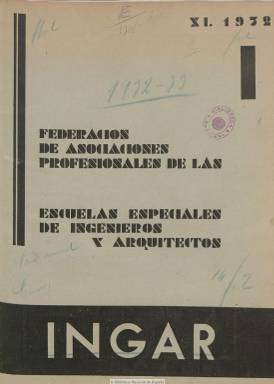
Título: Ingar (Madrid)
Otros títulos: Federación de Asociaciones Profesionales de las Escuelas Especiales de Ingenieros y Arquitectos
Colección: Industria || Arquitectura y construcción
Ámbito geográfico: Madrid
Lugar de publicación: Madrid
Fechas: 01/11/1932-31/05/1935

Es órgano de la Federación de Asociaciones Profesionales de las Escuelas Especiales de Ingenieros y Arquitectos, siendo su título un acrónimo de estas dos profesiones. Revista que aparece en noviembre de 1932, y que se hace portavoz de los estudiantes de las escuelas especiales de Madrid, además de las citadas, de las de Minas, Montes, Caminos, Industriales, Agrónomos o Navales, con el objetivo de unir a quienes estudian y ejercen estas profesiones, mejorar su capacidad técnica especializada e intervenir en la reformas de sus enseñanzas, además de ofrecer una cultura general sobre ingenierías y arte y ensayos literarios. En su primer número se declara completamente apolítica y aconfesional.

Sus entregas son mensuales, pero a partir del número 7 (octubre de 1933) su periodicidad se hace irregular y cambia su formato, del clásico vertical al cuadricular. El 15 es el último número de la colección de la Biblioteca Nacional de España, que corresponde a mayo de 1935. Son entregas de entre 24 y 93 páginas, pero su foliación es continuada, superando en total el medio millar de páginas. Es ilustrada, sus textos van acompañados de fotografías, dibujos, croquis, mapas y alguna caricatura firmada por Cebrián. Su cubierta la ocupa generalmente una fotografía, está compuesta a dos columnas y su diseño es modernista.

Sus páginas dedican especial atención a las cuestiones normativas profesionales y a los conflictos que se originan, como era el intrusismo profesional y, en concreto, a su ejercicio por técnicos superiores extranjeros que eran contratados por empresas españolas, cuestiones que suele tratar en su sección Editorial. Además de esta, cuenta con una Revista de libros y de artículos de las principales revistas nacionales y extranjeras, y otras dedicadas a la vida de la federación y de las asociaciones, y a su sección de Deportes.

En febrero de 1935 (número 14), da cuenta de su Comité de Redacción y Administración: director, Carlos Saco del Valle (ingeniería); redactor jefe, José G. Sabariegos (minas); secretario, Luis Alcaraz (caminos); redactores, José Luis Fernández Casado (caminos), Eduardo García (ingeniería), Fernando Bruna (montes), José María Fúser (montes) y Jesús María Navarrete (montes); administradores, Rafael Carlos-Roca (montes) y Joaquín M. de Velasco (minas).

En sus páginas se publican artículos como El funcionalismo de la arquitectura popular manchega, de C. Valentín Noblejas; Utilización de la energía térmica del mar, de J. Sánchez Arjona; Notas a un viaje (Tordesillas), de J. Menéndez Pidal; Comentarios al proyecto de ley de reglamento de la carrera de aparejadores, de Pedro Alonso; El átomo considerado como sistema eléctrico, de Juan Pombo Angulo; Aspecto agrícola del pantano del Ebro, de A. Silván, o Suecia forestal, de Manuel Prats y Francisco Oyarzun, ente otros muchos, y que pueden dar idea de la variedad de los temas tratados en una revista que también dedica atención a asuntos internacionales de las especialidades técnicas de las que fue portavoz estudiantil y profesional.